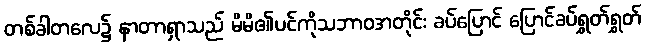
တစ်ခါတလေ၌ နာတာရှာသည် မိမိ၏ပင်ကိုသဘာဝအတိုင်း ခပ်ပြောင် ပြောင်ခပ်ရွှတ်ရွှတ်